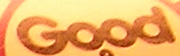
Good